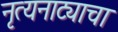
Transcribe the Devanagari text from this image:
नृत्यनाट्याचा